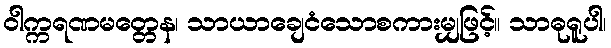
ဝါက္ကရဏမတ္တေန၊ သာယာချေငံသောစကားမျှဖြင့်။ သာဓုရူပါ၊